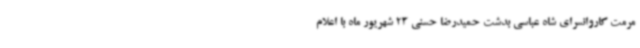
مرمت کاروانسرای شاه عباسی بدشت حمیدرضا حسنی 23 شهریور ماه با اعلام